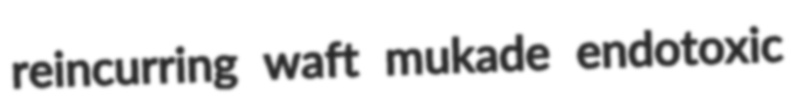
reincurring waft mukade endotoxic